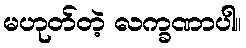
မဟုတ်တဲ့ လက္ခဏာပါ။